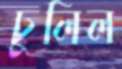
ঢুলিল